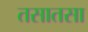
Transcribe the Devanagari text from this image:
तसातसा